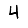
Digit: 4